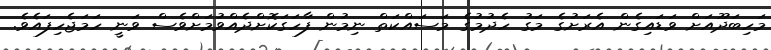
މަހިބަދޫއަށް ވަޑައިގެން އެރަށުގެ މަގު ހެދުމުގެ މަސައްކަތް ނިމުން ފާހަގަކޮށްދެއްވުމަށްވެސް ވަނީ ހަމަޖެހިފައެވެ.